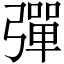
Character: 彈